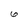
Character: 6